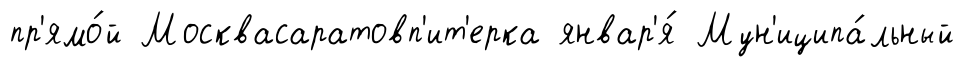
пр'ямо́й Москвасаратовп'ит'ерка январ'я́ Мун'иципа́льный